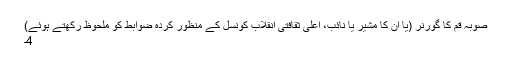
صوبہ قم کا گورنر (یا ان کا مشیر یا نائب، اعلی ثقافتی انقلاب کونسل کے منظور کردہ ضوابط کو ملحوظ رکھتے ہوئے)
4۔